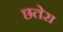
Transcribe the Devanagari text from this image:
छतेरा